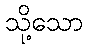
သို့သော